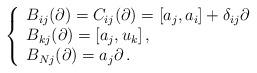
LaTeX: \begin{align*}\left\{\begin{array}{l}B_{ij}(\partial)=C_{ij}(\partial)=[a_j,a_i]+\delta_{ij}\partial\,\\B_{kj}(\partial)=[a_j,u_k]\,,\\B_{Nj}(\partial)=a_j\partial\,.\end{array}\right.\end{align*}